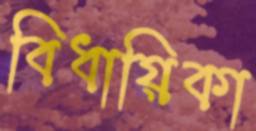
বিধায়িকা